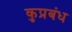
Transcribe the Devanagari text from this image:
कुप्रबंध